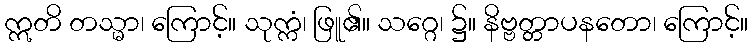
ဣတိ တသ္မာ၊ ကြောင့်။ သုက္ကံ၊ ဖြူ၏။ သဂ္ဂေ၊ ၌။ နိဗ္ဗတ္တာပနတော၊ ကြောင့်။